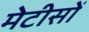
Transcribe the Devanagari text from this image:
मेटीसों